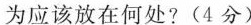
为应该放在何处?(4分)